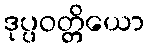
ဒုပ္ပဝတ္တိယော